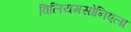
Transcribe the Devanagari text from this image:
विलियमसोनिएला